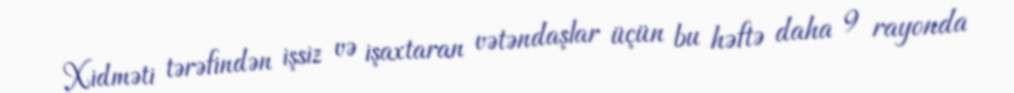
Xidməti tərəfindən işsiz və işaxtaran vətəndaşlar üçün bu həftə daha 9 rayonda